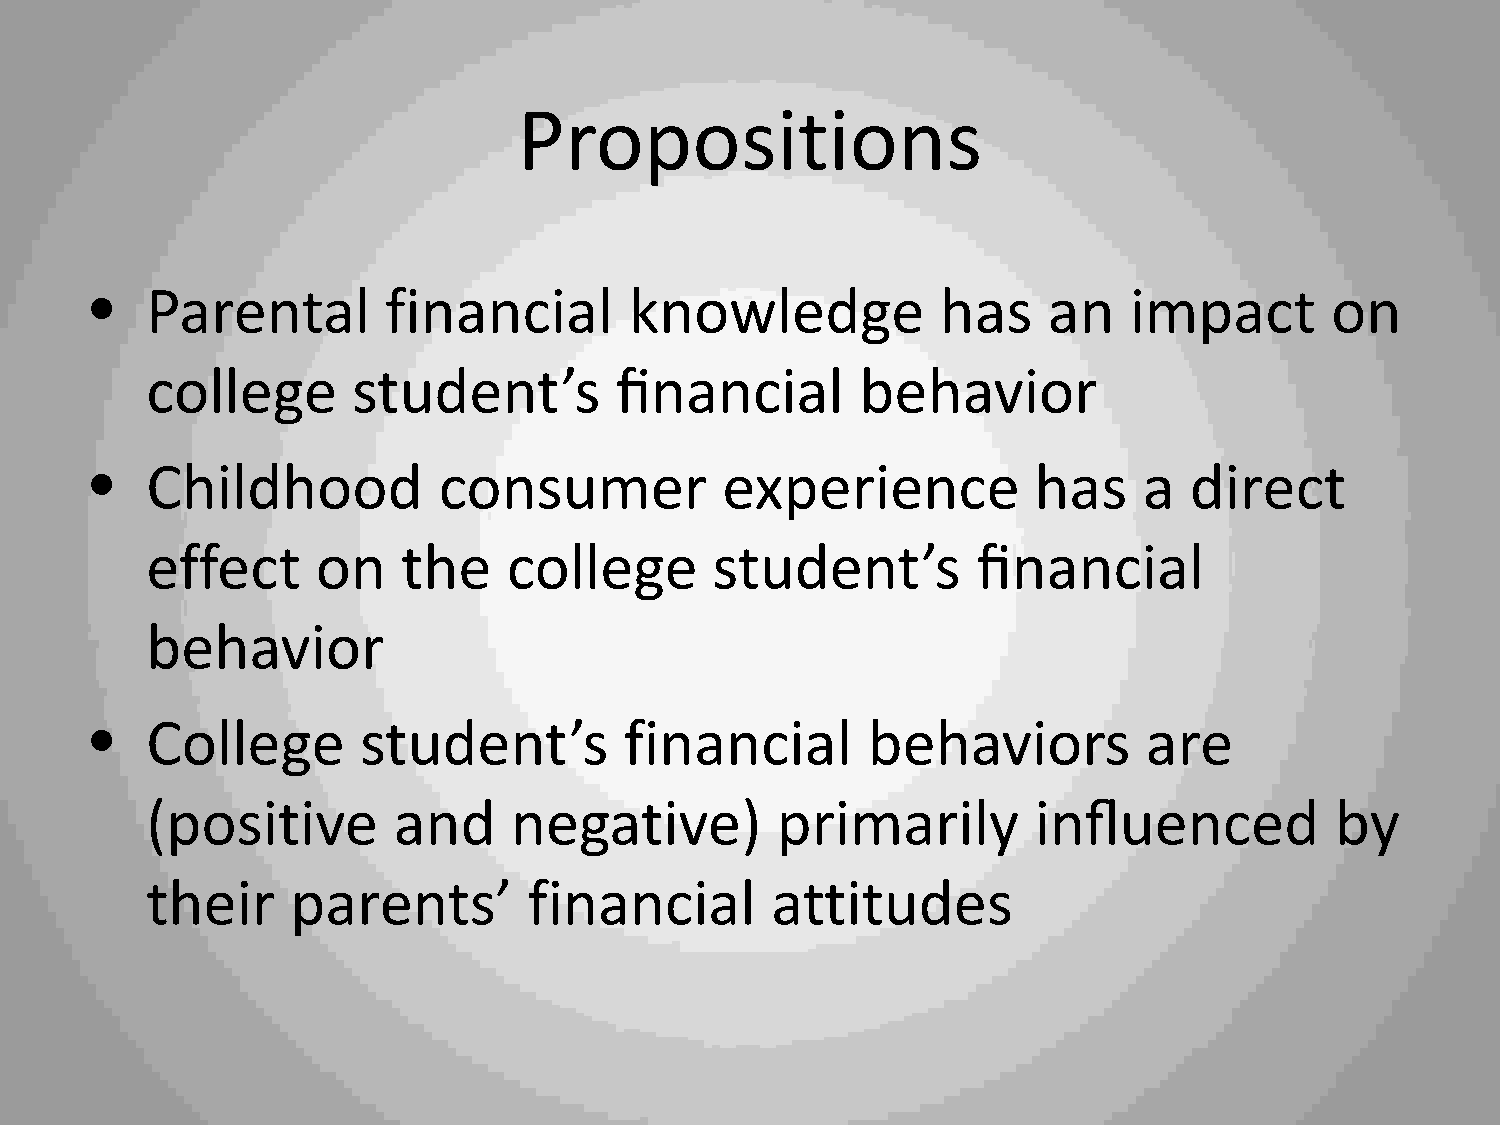
Propositions
 •   Parental        financial       knowledge           has    an    impact       on
 college      student’s         financial       behavior
 •   Childhood          consumer           experience          has     a  direct
 effect     on    the    college      student’s         financial
 behavior
 •   College       student’s        financial       behaviors          are
 (positive       and     negative)        primarily         influenced         by
 their    parents’        financial       attitudes